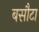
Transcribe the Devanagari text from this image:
बसौटा